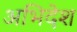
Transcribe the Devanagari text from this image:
अभिदेश